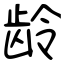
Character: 龄